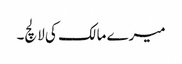
میرے مالک کی لالچ۔